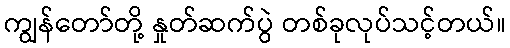
ကျွန်တော်တို့ နှုတ်ဆက်ပွဲ တစ်ခုလုပ်သင့်တယ်။